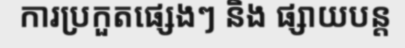
ការប្រកួតផ្សេងៗ និង ផ្សាយបន្ត